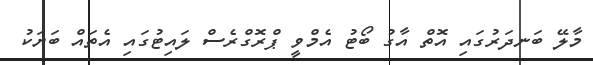
މާލޭ ބަނދަރުގައި އޮތް އާގު ބޯޓު އެމްވީ ޕްރޮގްރެސް ލައިޓުގައި އެތައް ބަޔަކު